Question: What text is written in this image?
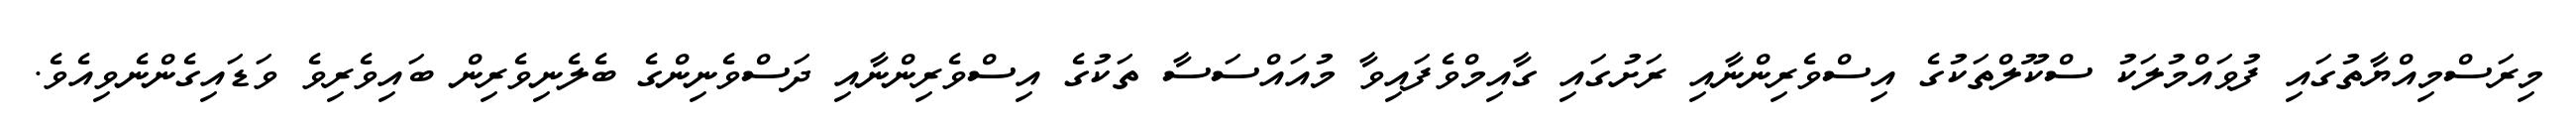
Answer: މިރަސްމިއްޔާތުގައި ފުވައްމުލަކު ސްކޫލްތަކުގެ އިސްވެރިންނާއި ރަށުގައި ގާއިމްވެފައިވާ މުއައްސަސާ ތަކުގެ އިސްވެރިންނާއި ދަސްވެނިންގެ ބެލެނިވެރިން ބައިވެރިވެ ވަޑައިގެންނެވިއެވެ.